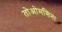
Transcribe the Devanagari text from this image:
तोओमसिना